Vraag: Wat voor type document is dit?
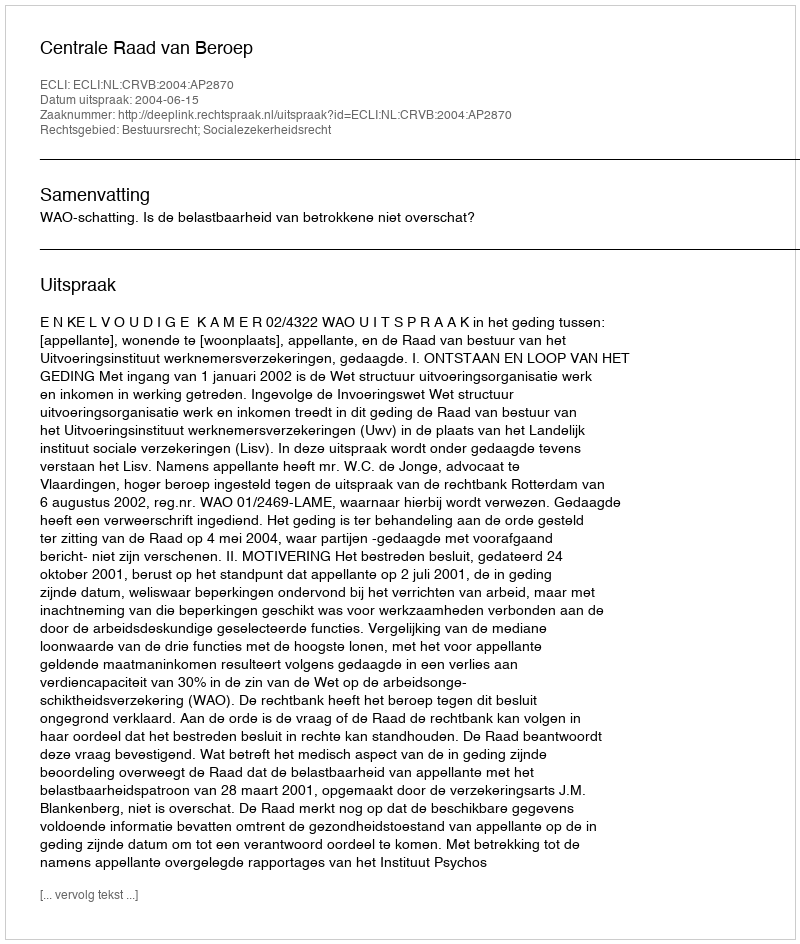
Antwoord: Uitspraak